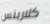
كلارينس